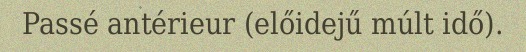
Passé antérieur (előidejű múlt idő).